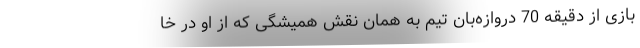
بازی از دقیقه 70 دروازه‌بان تیم به همان نقش همیشگی که از او در خا